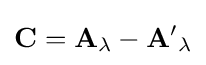
\mathbf {C} ={\mathbf {A} }_{\lambda }-{\mathbf {A} '}_{\lambda }